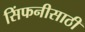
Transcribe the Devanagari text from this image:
सिंफनीसाठी